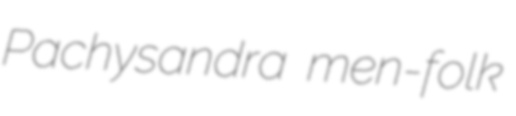
Pachysandra men-folk